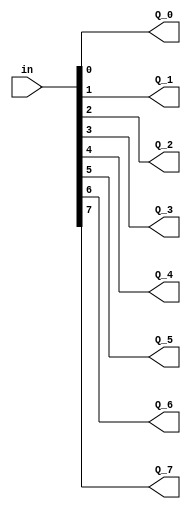
`timescale 1ns/1ns
module decode(input [7:0]in,output Q_0,Q_1,Q_2,Q_3,Q_4,Q_5,Q_6,Q_7);
  assign Q_0=in[0];
  assign Q_1=in[1];
  assign Q_2=in[2];
  assign Q_3=in[3];
  assign Q_4=in[4];
  assign Q_5=in[5];
  assign Q_6=in[6];
  assign Q_7=in[7];
endmodule